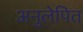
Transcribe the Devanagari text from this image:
अनुलेपित